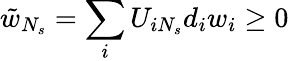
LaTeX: \tilde{w}_{N_{s}}=\sum_{i}U_{iN_{s}}d_{i}w_{i}\geq 0